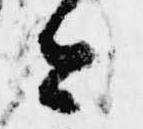
今